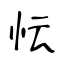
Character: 忶